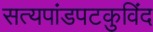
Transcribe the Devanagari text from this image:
सत्यपांडपटकुविंद